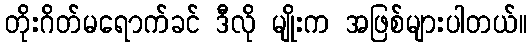
တိုးဂိတ်မရောက်ခင် ဒီလို မျိုးက အဖြစ်များပါတယ်။